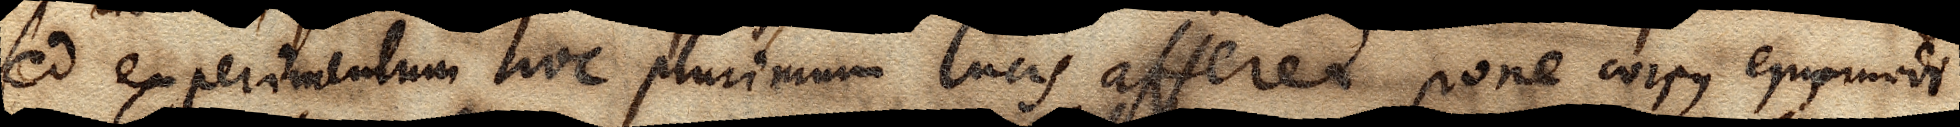
Sed experimentum hoc plurimum lucis afferet. Pone corpus ejusmodi